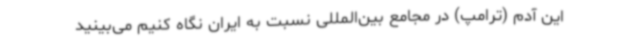
این آدم (ترامپ) در مجامع بین‌المللی نسبت به ایران نگاه کنیم می‌بینید